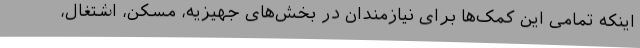
اینکه تمامی این کمک‌ها برای نیازمندان در بخش‌های جهیزیه، مسکن، اشتغال،